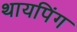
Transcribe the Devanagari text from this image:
थायपिंग